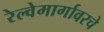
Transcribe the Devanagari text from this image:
रेल्वेमार्गावरचे